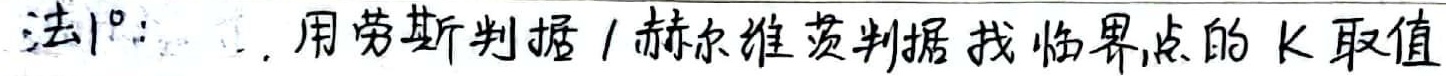
法\textcircled{1}：1. 用劳斯判据/赫尔维茨判据找临界点的 \(K\) 取值